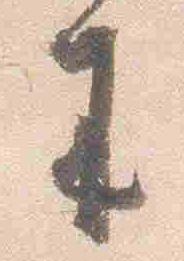
来